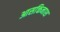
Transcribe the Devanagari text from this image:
आसक्तिनाश